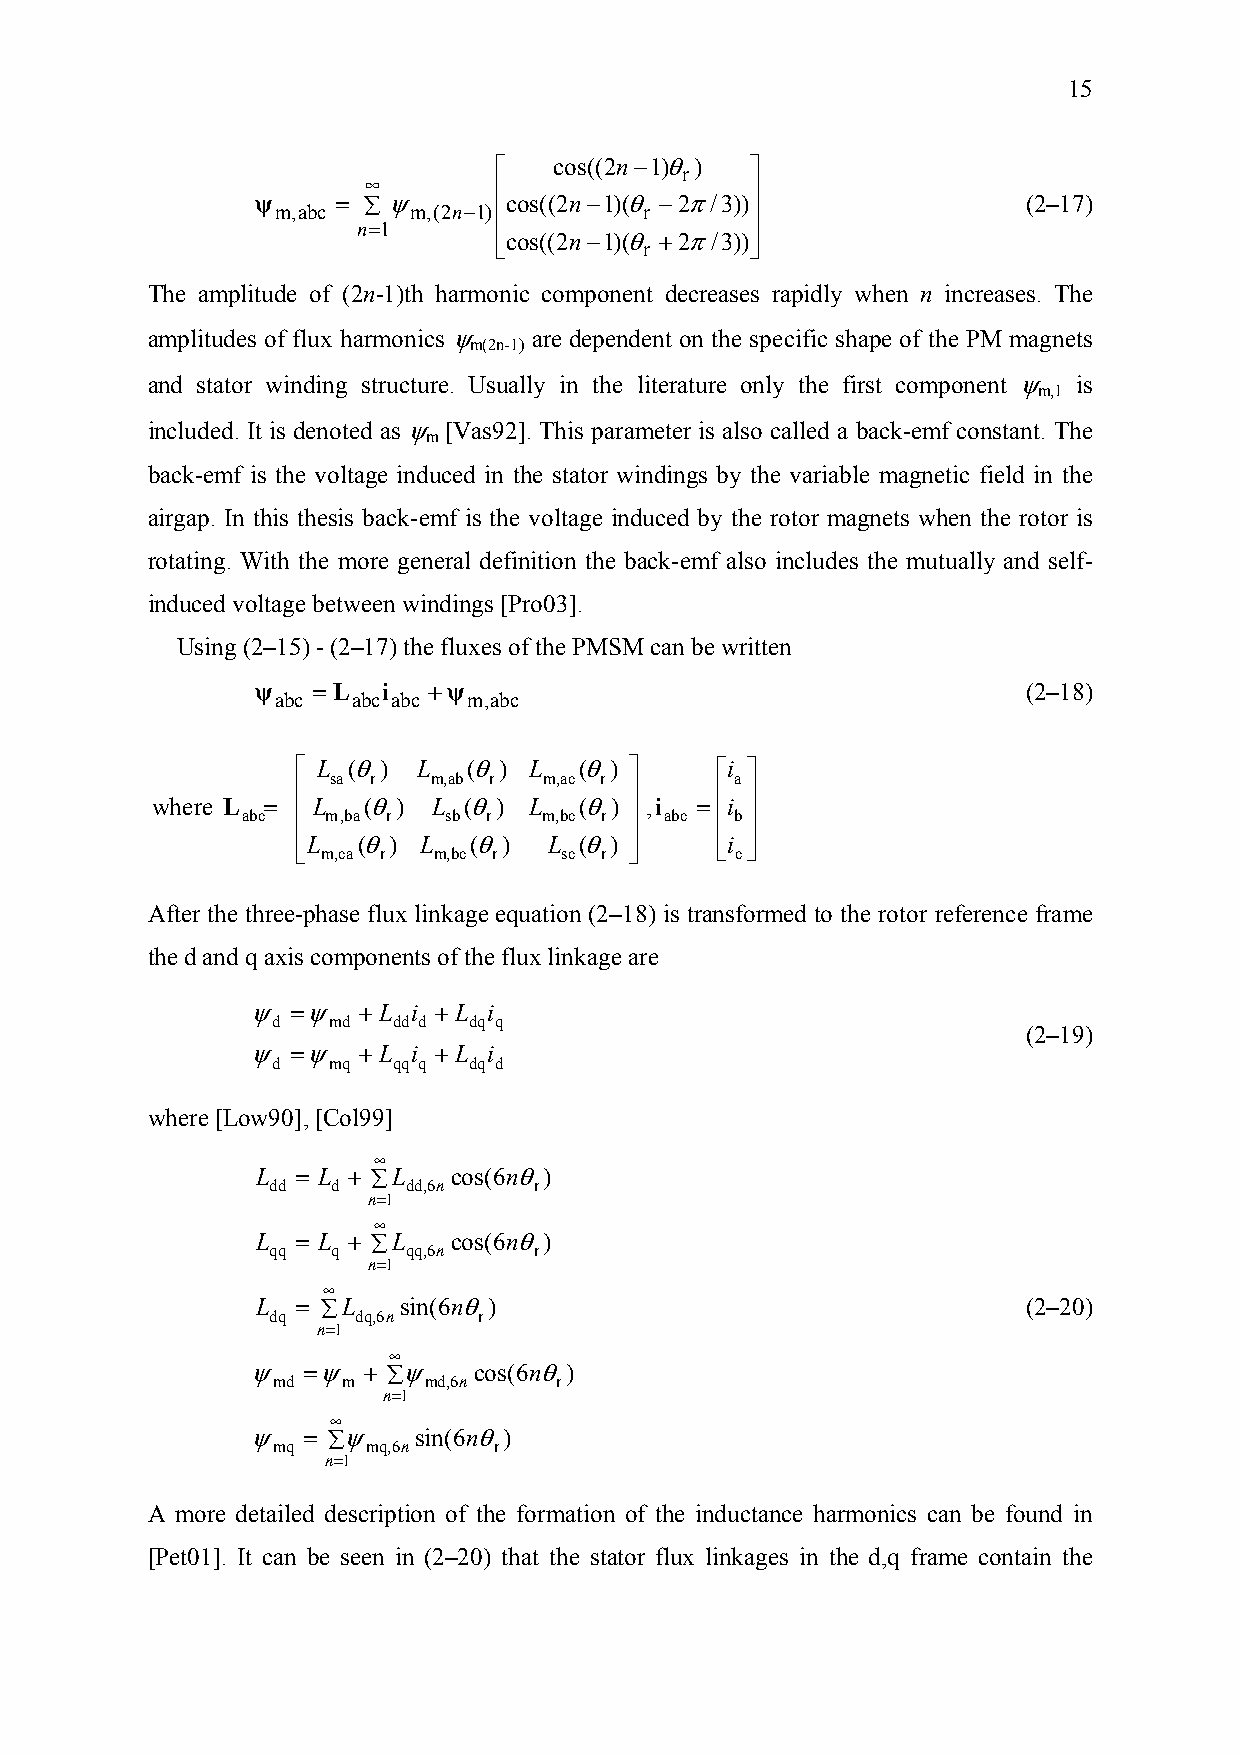
15
 ⎡
 cos((2n−1)θ)
 ⎤
 ∞                    r
 ⎢                ⎥
 ψ
 m,abc
 = ∑ ψ m,(2n−1)⎢cos((2n−1)(θ
 r
 −2π/3))
 ⎥
 (2–17)
 n=1
 ⎢cos((2n−1)(θ +2π/3))⎥
 ⎣         r      ⎦
 The amplitude of (2n-1)th harmonic component decreases rapidly when n increases. The
 amplitudes of flux harmonics ψ are dependent on the specific shape of the PM magnets
 m(2n-1)
 and stator winding structure. Usually in the literature only the first component ψ is
 m,1
 included. It is denoted as ψ [Vas92]. This parameter is also called a back-emf constant. The
 m
 back-emf is the voltage induced in the stator windings by the variable magnetic field in the
 airgap. In this thesis back-emf is the voltage induced by the rotor magnets when the rotor is
 rotating. With the more general definition the back-emf also includes the mutually and self-
 induced voltage between windings [Pro03].
 Using (2–15) - (2–17) the fluxes of the PMSM can be written
 ψ   =L  i  +ψ                                      (2–18)
 abc  abc abc m,abc
 ⎡ L (θ) L  (θ) L  (θ) ⎤    ⎡i ⎤
 sa r  m,ab r  m,ac r       a
 ⎢                     ⎥    ⎢ ⎥
 where L =  L  (θ)  L (θ) L  (θ)  ,i = i
 abc ⎢ m,ba r sb r   m,bc r ⎥ abc ⎢ b⎥
 ⎢L  (θ) L  (θ)  L (θ) ⎥    ⎢i ⎥
 ⎣ m,ca r m,bc r  sc r ⎦    ⎣ c⎦
 After the three-phase flux linkage equation (2–18) is transformed to the rotor reference frame
 the d and q axis components of the flux linkage are
 ψ =ψ   + L i + L i
 d   md  dd d dq q
 (2–19)
 ψ =ψ   + L i + L i
 d   mq  qq q dq d
 where [Low90], [Col99]
 ∞
 L  = L + ∑L  cos(6nθ)
 dd  d    dd,6n   r
 n=1
 ∞
 L  = L + ∑L  cos(6nθ)
 qq  q    qq,6n   r
 n=1
 ∞
 L  = ∑L  sin(6nθ)                                  (2–20)
 dq    dq,6n   r
 n=1
 ∞
 ψ  =ψ  + ∑ψ   cos(6nθ)
 md   m    md,6n    r
 n=1
 ∞
 ψ  = ∑ψ   sin(6nθ)
 mq    mq,6n    r
 n=1
 A more detailed description of the formation of the inductance harmonics can be found in
 [Pet01]. It can be seen in (2–20) that the stator flux linkages in the d,q frame contain the